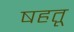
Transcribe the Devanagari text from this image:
षहतू